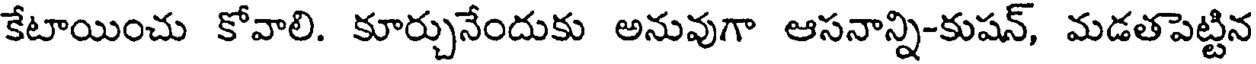
కేటాయించు కోవాలి. కూర్చునేందుకు అనువుగా ఆసనాన్ని-కుషన్, మడతపెట్టిన